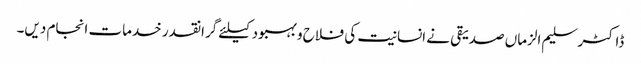
ڈاکٹر سلیم الزماں صدیقی نے انسانیت کی فلاح و بہبود کیلئے گرانقدر خدمات انجام دیں۔